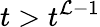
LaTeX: t>t^{\mathcal{L}-1}